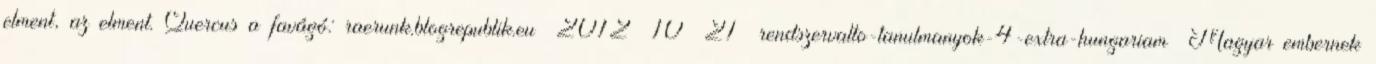
elment, az elment. Quercus a favágó: raerunk.blogrepublik.eu 2012 10 21 rendszervalto-tanulmanyok-4-extra-hungariam Magyar embernek